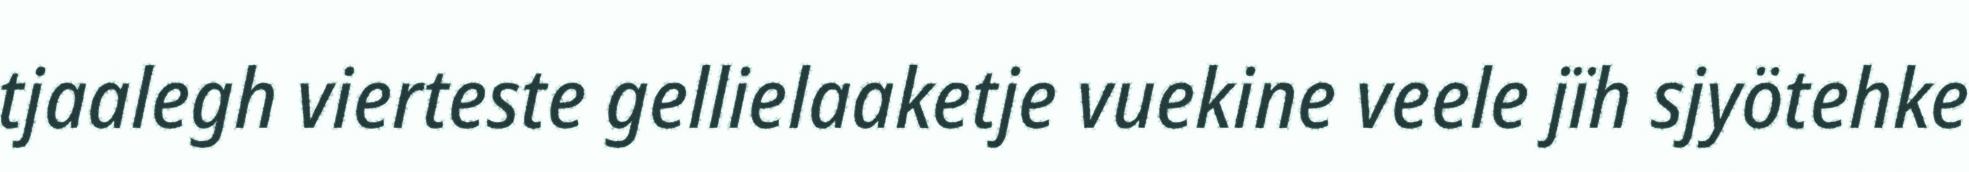
tjaalegh vierteste gellielaaketje vuekine veele jïh sjyötehke